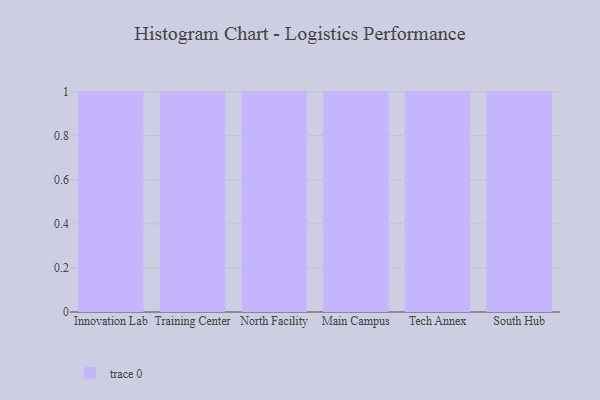
{"axis": {"x": "Campus", "y": "Customer Acquisition Cost (USD)"}, "legend": [""], "data": [{"x": "Innovation Lab", "y": 80, "type": ""}, {"x": "Training Center", "y": 23, "type": ""}, {"x": "North Facility", "y": 2, "type": ""}, {"x": "Main Campus", "y": 14, "type": ""}, {"x": "Tech Annex", "y": 54, "type": ""}, {"x": "South Hub", "y": 4, "type": ""}]}